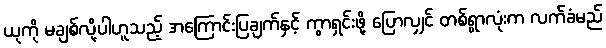
ယုကို မချစ်လို့ပါဟူသည့် အကြောင်းပြချက်နှင့် ကွာရှင်းဖို့ ပြောလျှင် တစ်ရွာလုံးက လက်ခံမည်